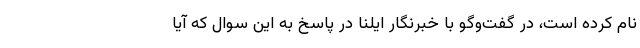
نام کرده است، در گفت‌وگو با خبرنگار ایلنا در پاسخ به این سوال که آیا